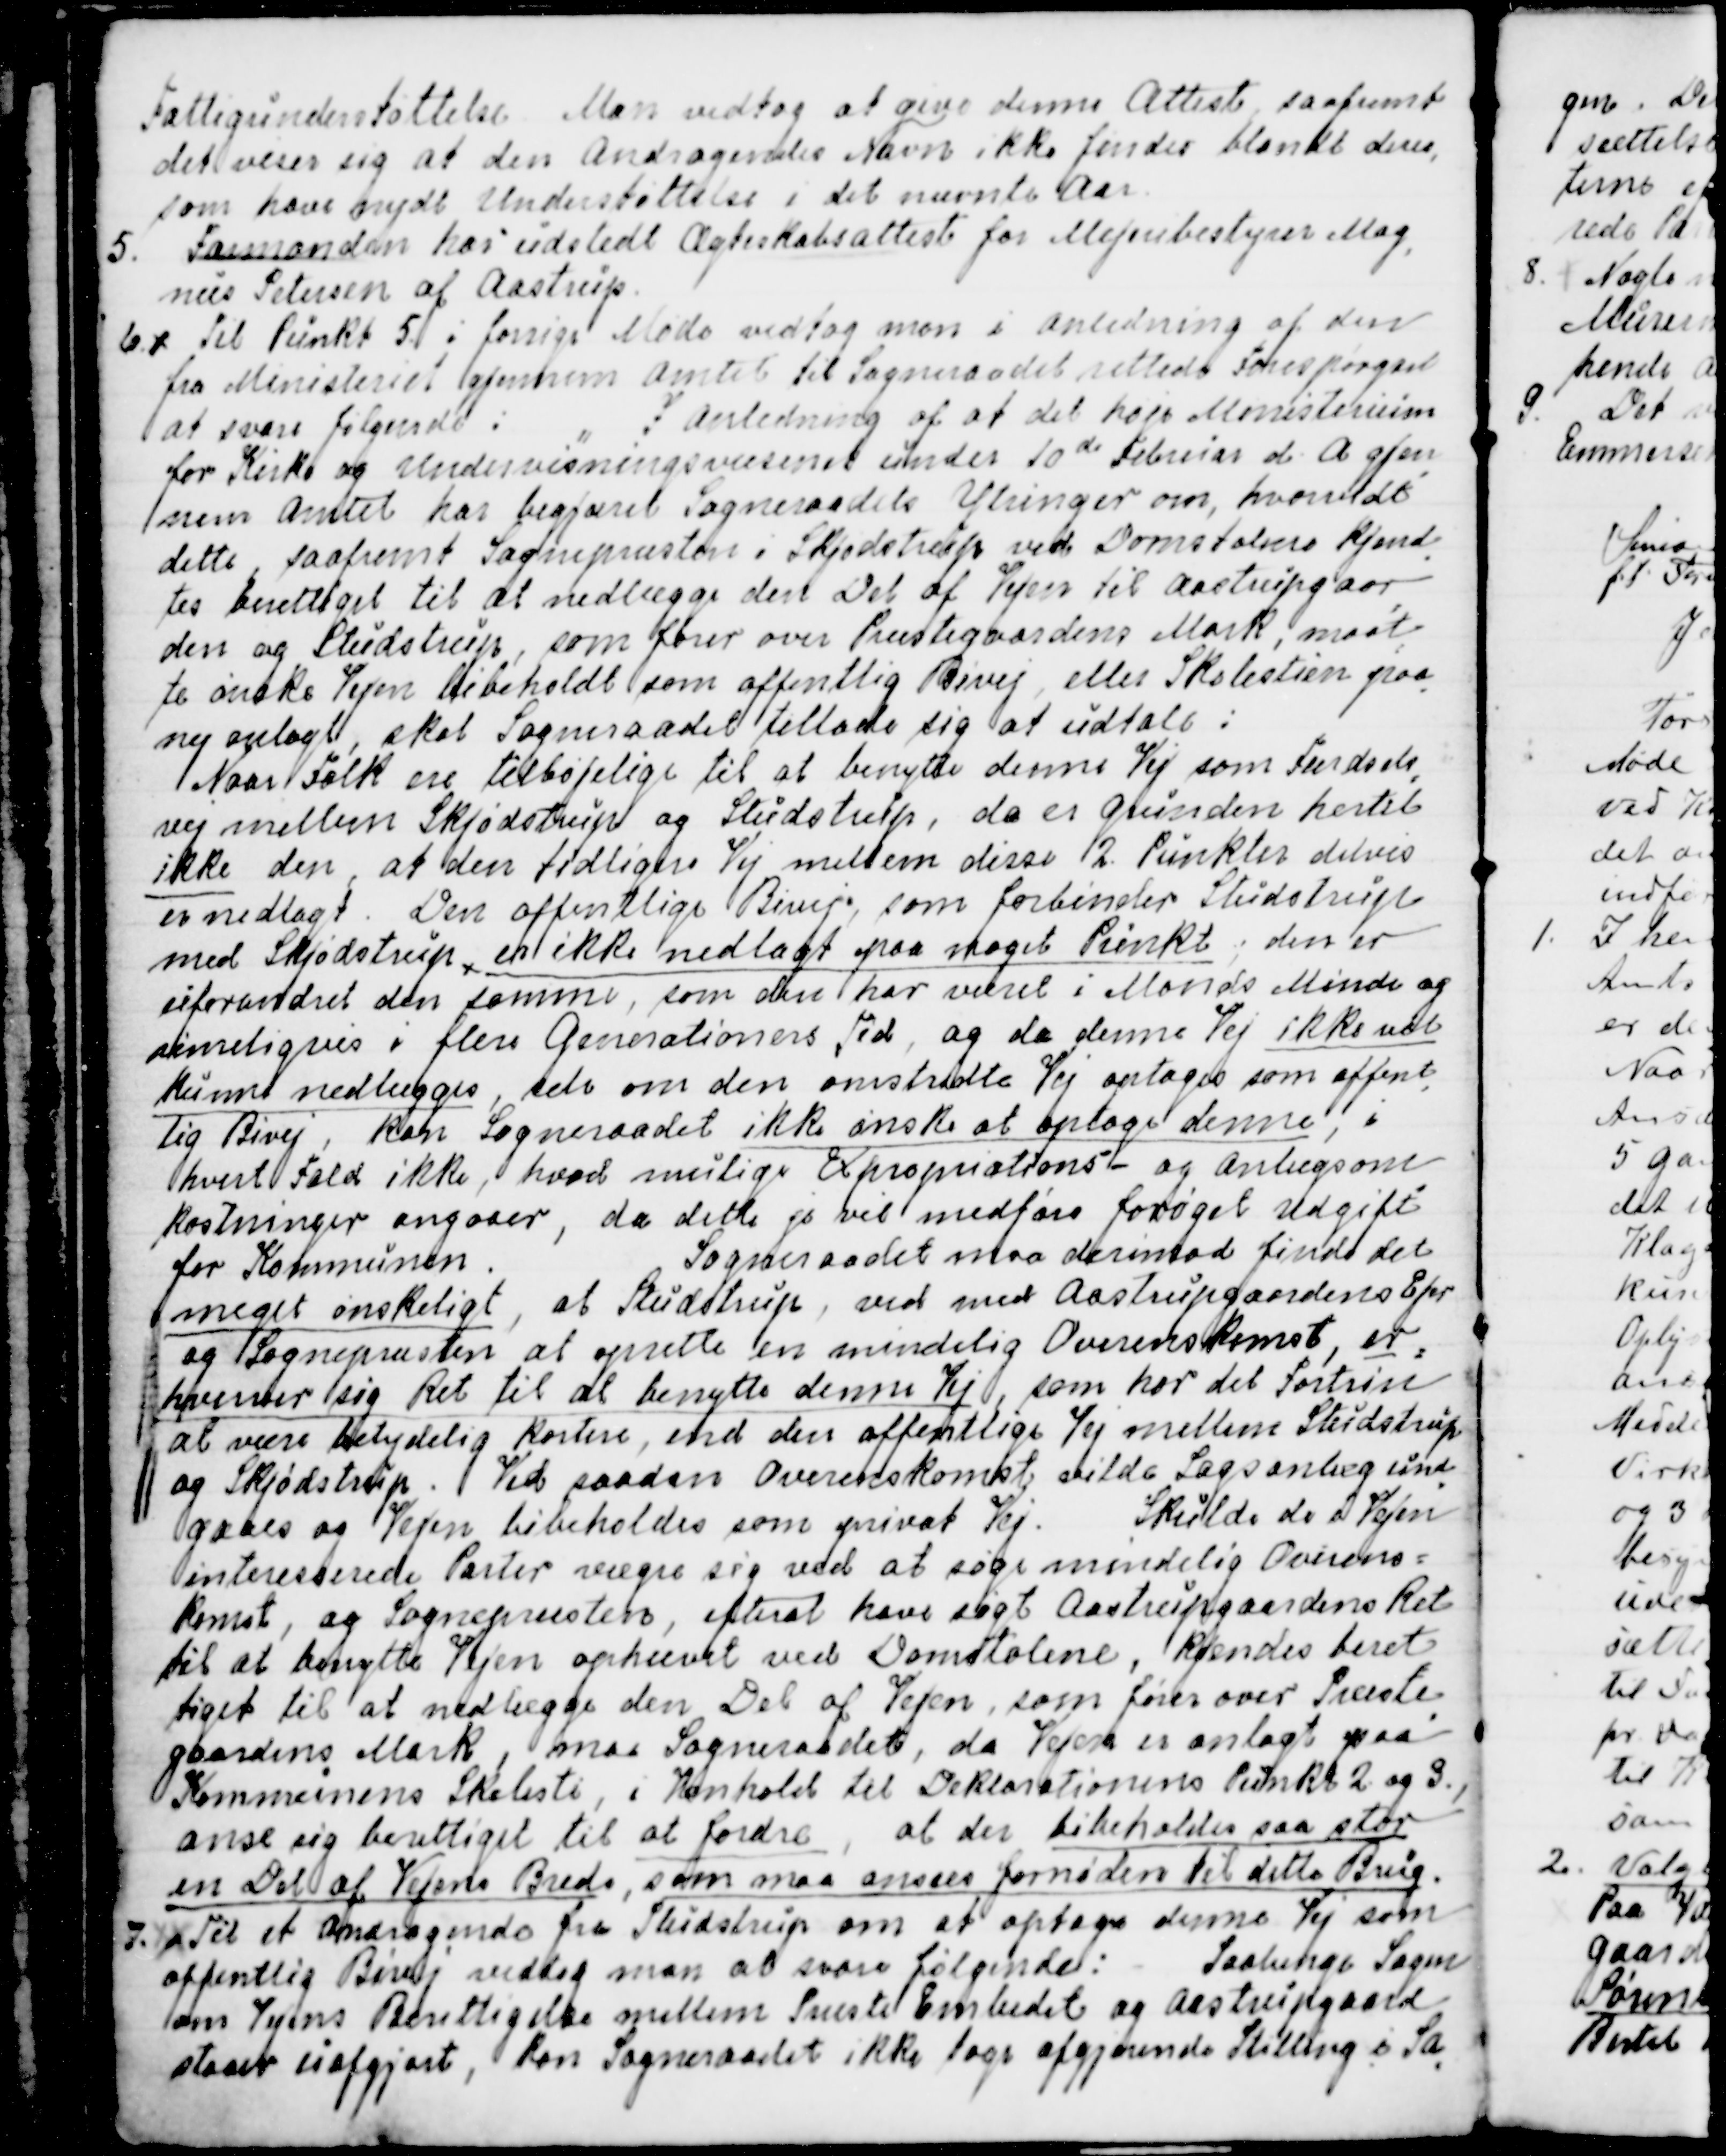
Transskription:
Fattigunderstøttelse. Man vedtog at give denne Attest, saafremt
det viser sig at den Andragendes Navn ikke findes blandt dem,
som have nydt Understøttelse i det nævnte Aar.
5. Formanden har udstedt Ægteskabsattest for Mejeribestyrer Mag
=
nus Petersen af Aastrup.
6. 
Til Punkt 5 i forrige Møde modtog man i Anledning af den
fra Ministeriet gjennem Amtet til Sogneraadet rettede Forespørgsel
at svare følgende:
" I Anledning af at det høje Ministerium
for Kirke og Undervisningsvæsenet under 10de Februar d. A gjen
=
nem Amtet har begjæret Sogneraadets Ytringer om, hvorvidt
dette, saafremt Sognepræsten i Skjødstrup ved Domstolene kjend
=
tes berettiget til at nedlægge den Del af Vejen til Aastrupgaar
=
den og Studstrup, som fører over Præstegaardens Mark, maat
=
te ønske Vejen bibeholdt som offentlig Bivej, eller Skolestien paa
=
ny anlagt, skal Sogneraadet tillade sig at udtale :
Naar Folk ere tilbøjelige til at benytte denne Vej, som Færdsels
=
vej mellem Skjødstrup og Studstrup, da er Grunden hertil
ikke den, at den tidligere Vej mellem disse 2 Punkter delvis
er nedlagt. Den offentlige Bivej, som forbinder Studstrup
med Skjødstrup, er ikke nedlagt paa noget Punkt; den er
uforandret den samme, som den har været i Mands Minde og
rimeligvis i flere Generationers Tid, og da denne Vej ikke vil
kunne nedlægges, selv om den omstridte Vej optoges som offent
=
lig Bivej, kan Sogneraadet ikke ønske at optage denne , i
hvert Fald ikke, hvad mulige Expropriations- og Anlægsom
=
kostninger angaaer, da dette jo vil medføre forøget Udgift
for Kommunen. Sogneraadet maa derimod finde det
meget ønskeligt, at Studstrup, ved med Aastrupgaardens Ejer
og Sognepræsten at oprette en mindelig Overenskomst, er
=
hverver sig Ret til at benytte denne Vej, som har det Fortrin
at være betydelig kortere, end den offentlige Vej mellem Studstrup
og Skjødstrup. Ved saadan Overenskomst vilde Sagsanlæg und
=
gaaes og Vejen bibeholdes som privat Vej. Skulde de i Vejen
interesserede Parter vægre sig ved at søge mindelig Overens=
komst, og Sognepræsten, efterat have søgt Aastrupgaardens Ret
til at benytte Vejen ophævet ved Domstolene, kjendes beret
=
tiget til at nedlægge den Del af Vejen, som fører over Præste
=
gaardens Mark, maa Sogneraadet, da Vejen er anlagt paa
Kommunens Skolesti, i Henhold til Deklarationens Punkt 2. og 3.,
anse sig berettiget til at fordre, at der bibeholdes saa stor
en Del af Vejens Brede, som maa anses fornøden til dette Brug.
7. Til et Andragende fra Studstrup om at optage denne Vej som
offentlig Bivej vedtog man at svare følgende: Saalænge Sagen
om Vejens Berettigelse mellem Præste Embedet og Aastrupgaard
staaer uafgjort, kan Sogneraadet ikke tage afgjørende Stilling i Sa
=